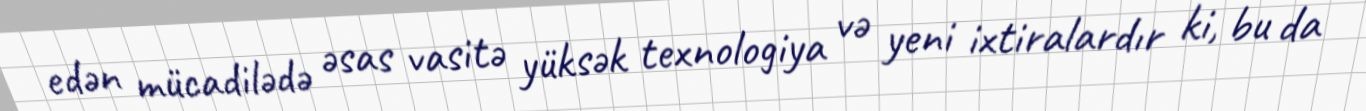
edən mücadilədə əsas vasitə yüksək texnologiya və yeni ixtiralardır ki, bu da